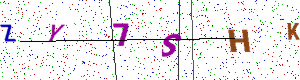
Text: ZY7SHK